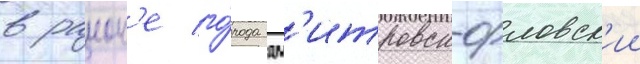
в раион'е го́рода дм'итровск-орловск'ии